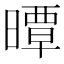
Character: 曋